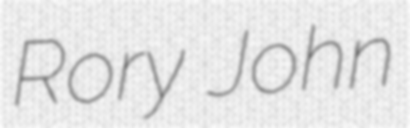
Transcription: Rory John